Vaccine operations Central Provinces 1868-1885 - 1868-1885
Year: 1868
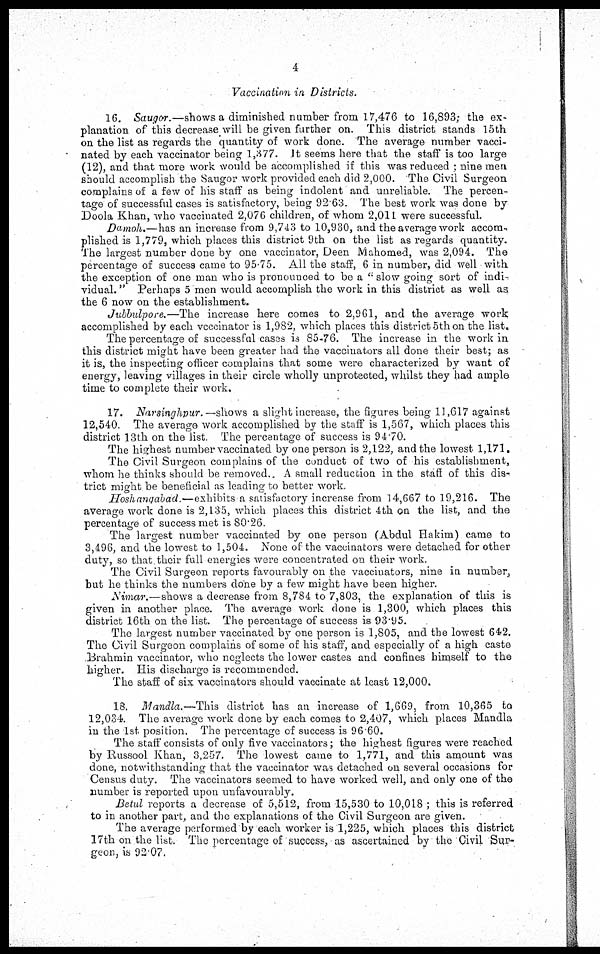
4
Vaccination in Districts.
16. Saugor.—shows a diminished number from 17,476 to 16,893; the ex-
planation of this decrease will be given further on. This district stands 15th
on the list as regards the quantity of work done. The average number vacci-
nated by each vaccinator being 1,377. It seems here that the staff is too large
(12), and that more work would be accomplished if this was reduced ; nine men
should accomplish the Saugor work provided each did 2,000. The Civil Surgeon
complains of a few of his staff as being indolent and unreliable. The percen-
tage of successful cases is satisfactory, being 92.63. The best work was done by
Doola Khan, who vaccinated 2,076 children, of whom 2,011 were successful.
Damoh.—has an increase from 9,743 to 10,930, and the average work accom¬
plished is 1,779, which places this district 9th on the list as regards quantity.
The largest number done by one vaccinator, Deen Mahomed, was 2,094. The
percentage of success came to 95.75. All the staff, 6 in number, did well with
the exception of one man who is pronounced to be a " slow going sort of indi-
vidual. " Perhaps 5 men would accomplish the work in this district as well as
the 6 now on the establishment.
Jubbulpore.—The increase here comes to 2,961, and the average work
accomplished by each vaccinator is 1,982, which places this district 5th on the list.
The percentage of successful cases is 85.76. The increase in the work in
this district might have been greater had the vaccinators all done their best; as
it is, the inspecting officer complains that some were characterized by want of
energy, leaving villages in their circle wholly unprotected, whilst they had ample
time to complete their work.
17. Narsinghpur. —shows a slight increase, the figures being 11,617 against
12,540. The average work accomplished by the staff is 1,567, which places this
district 13th on the list. The percentage of success is 94.70.
The highest number vaccinated by one person is 2,122, and the lowest 1,171,
The Civil Surgeon complains of the conduct of two of his establishment,
whom he thinks should be removed.. A small reduction in the staff of this dis-
trict might be beneficial as leading to better work.
Hoshanqabad.—exhibits a satisfactory increase from 14,667 to 19,216. The
average work done is 2,135, which places this district 4th on the list, and the
percentage of success met is 80.26.
The largest number vaccinated by one person (Abdul Hakim) came to
3,496, and the lowest to 1,504. None of the vaccinators were detached for other
duty, so that their full energies were concentrated on their work.
The Civil Surgeon reports favourably on the vaccinators, nine in number,
but he thinks the numbers done by a few might have been higher.
Nimar.—shows a decrease from 8,784 to 7,803, the explanation of this is
given in another place. The average work done is 1,300, which places this
district 16th on the list. The percentage of success is 93.95.
The largest number vaccinated by one person is 1,805, and the lowest 642.
The Civil Surgeon complains of some of his staff, and especially of a high caste
Brahmin vaccinator, who neglects the lower castes and confines himself to the
higher. His discharge is recommended.
The staff of six vaccinators should vaccinate at least 12,000.
18. Mandla.—This district has an increase of 1,669, from 10,365 to.
12,034 The average work done by each comes to 2,407, which places Mandla
in the 1st position. The percentage of success is 96.60.
The staff consists of only five vaccinators; the highest figures were reached
by Russool Khan, 3,257. The lowest came to 1,771, and this amount was
done, notwithstanding that the vaccinator was detached on several occasions for
Census duty. The vaccinators seemed to have worked well, and only one of the
number is reported upon unfavourably.
Betul reports a decrease of 5,512, from 15,530 to 10,018 ; this is referred
to in another part, and the explanations of the Civil Surgeon are given.
The average performed by each worker is 1,225, which places this district
17th on the list. The percentage of success, as ascertained by the Civil Sur-
geon, is 92.07.